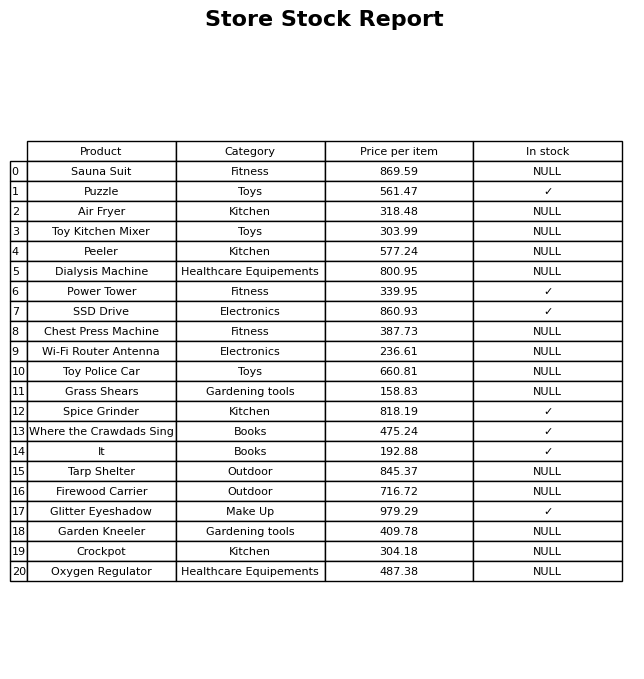
question: Is the Chest Press Machine in stock?
answer: NULL